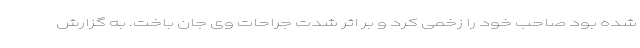
شده بود صاحب خود را زخمی کرد و بر اثر شدت جراحات وی جان باخت. به گزارش